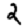
Digit: 2